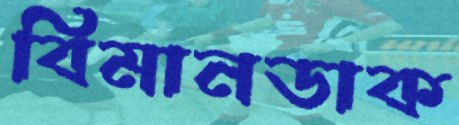
বিমানডাক